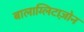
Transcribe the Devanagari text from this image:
बालाग्लिटाज़ोन